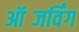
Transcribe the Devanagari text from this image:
ऑब्जर्विंग